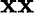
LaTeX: \mathbf{x}\mathbf{x}